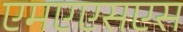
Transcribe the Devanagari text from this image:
एमएएसएस